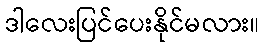
ဒါလေးပြင်ပေးနိုင်မလား။